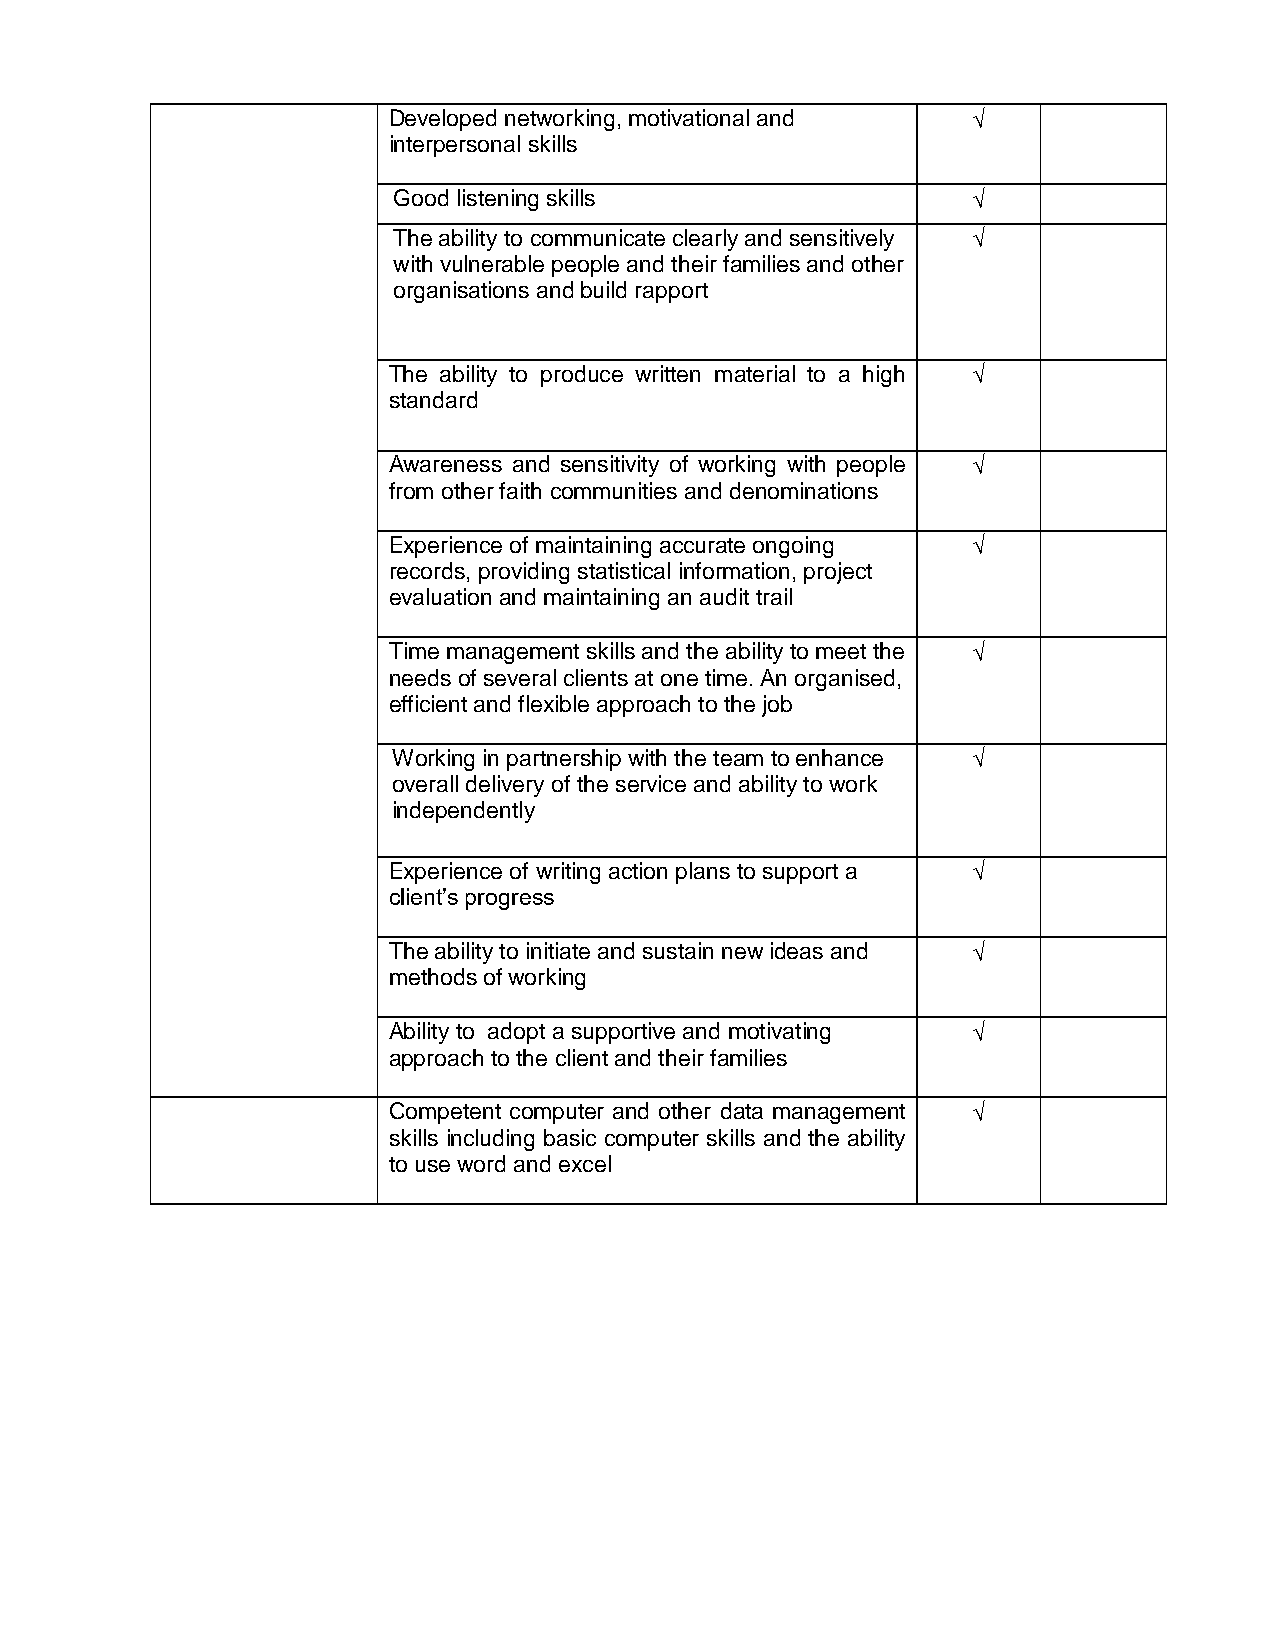
Developed networking, motivational and 
 interpersonal skills
 Good listening skills                 
 The ability to communicate clearly and sensitively 
 with vulnerable people and their families and other
 organisations and build rapport
 The ability to produce written material to a high 
 standard
 Awareness and sensitivity of working with people 
 from other faith communities and denominations
 Experience of maintaining accurate ongoing 
 records, providing statistical information, project
 evaluation and maintaining an audit trail
 Time management skills and the ability to meet the 
 needs of several clients at one time. An organised,
 efficient and flexible approach to the job
 Working in partnership with the team to enhance 
 overall delivery of the service and ability to work
 independently
 Experience of writing action plans to support a 
 client’s progress
 The ability to initiate and sustain new ideas and 
 methods of working
 Ability to adopt a supportive and motivating 
 approach to the client and their families
 Competent computer and other data management 
 skills including basic computer skills and the ability
 to use word and excel